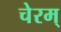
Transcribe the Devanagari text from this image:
चेरम्